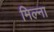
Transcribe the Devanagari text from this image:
मिल्ना